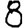
Digit: 8